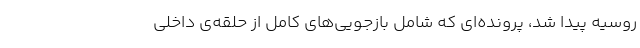
روسیه پیدا شد، پرونده‌ای که شامل بازجویی‌های کامل از حلقه‌ی داخلی